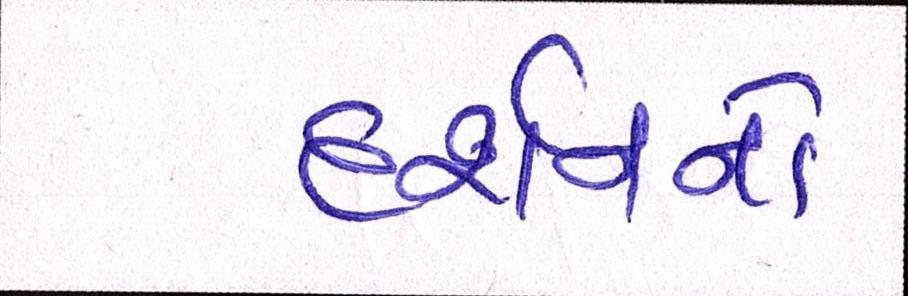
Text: દર્શનનો